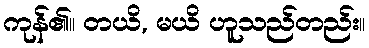
ကုန်၏။ တယိ, မယိ ဟူသည်တည်း။